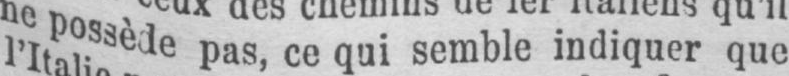
ne possède pas, ce qui semble indiquer que